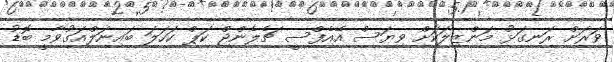
ވަރަށް ރަނގަޅު މަންޒިލަކަށް ވިޔަސް އޭއެފްސީ ޗެލެންޖް ކަޕް ކަހަލަ ބައިނަލްއަގުވާމީ ބޮޑު